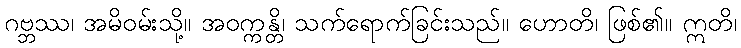
ဂဗ္ဘဿ၊ အမိဝမ်းသို့။ အဝက္ကန္တိ၊ သက်ရောက်ခြင်းသည်။ ဟောတိ၊ ဖြစ်၏။ ဣတိ၊